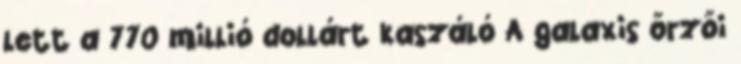
lett a 770 millió dollárt kaszáló A galaxis őrzői